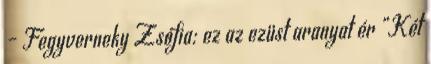
– Fegyverneky Zsófia: ez az ezüst aranyat ér „Két